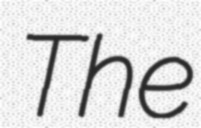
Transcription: The